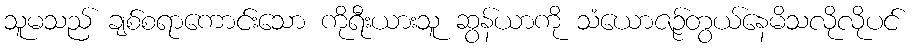
သူမသည် ချစ်စရာကောင်းသော ကိုရီးယားသူ ဆွန်ယာကို သံယောဇဉ်တွယ်နေမိသလိုလိုပင်